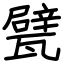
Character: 甓